Annual report on the working of the lock hospitals in the North-Western Provinces and Oudh
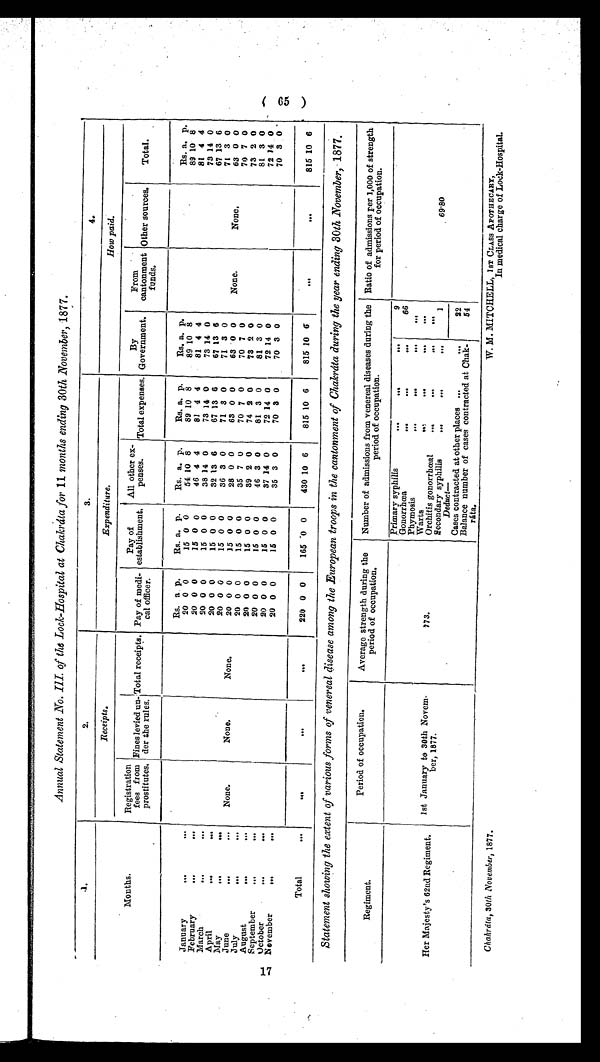
Annual Statement No. III. of the Lock-Hospital at Chakráta for 11 months ending 30th November, 1877.
1.
2.
3.
4.
Months.
Receipts.
Expenditure.
How paid.
Registration
fees from
prostitutes.
Fines levied un-
der the rules.
Total receipts. Pay of medi-
cal officer.
Pay of
establishment.
All other ex-
penses.
Total expenses.
By
Government.
From
cantonment
funds.
Other sources.
Total.
None.
None.
None.
Rs. a p.
Rs. a. p.
Rs. a. p.
Rs. a. p.
Rs. a. p.
None.
None.
Rs. a, p.
January
...
. . .
20 0 0
15 0 0
54 10 8
89 10 8
89 10 8
89 10 8
20 0 0
15 0 0
46 4 4
81 4 4
81 4 4
81 4 4
February
...
. . .
20 0 0
15 0 0
38 14 0
73 14 0
73 14 0
73 14 0
March
...
. . .
20 0 0
15 0 0
32 13 6
67 13 6
67 13 6
67 13 6
April
...
. . .
20 0 0
15 0 0
36 3 0
71 3 0
71 3 0
71 3 0
May
...
. . .
20 0 0
15 0 0
28 0 0
63 0 0
63 0 0
63 0 0
June
...
. . .
20 0 0
15 0 0
35 7 0
70 7 0
70 7 0
70 7 0
July
...
. . .
20 0 0
15 0 0
39 2 0
74 2 0
73 2 0
73 2 0
August
...
. . .
20 0 0
15 0 0
46 3 0
81 3 0
81 3 0
81 3 0
September
...
. . .
October
... ...
20 0 0
15 0 0
37 14 0
72 14 0
72 14 0
72 14 0
November
...
. . .
20 0 0
15 0 0
35 3 0
70 3 0
70 3 0
70 3 0
Total
. . .
. . .
. . .
. . .
220 0 0
165 0 0
430 10 6
815 10 6
815 10 6
. . .
. . .
815 10 6
Statement showing the extent of various forms of venereal disease among the European troops in the cantonment of Chakráta during the year ending 30th November, 1877.
Regiment.
Period of occupation.
Average strength during the
period of occupation.
Number of admissions from venereal diseases during the
period of occupation.
Ratio of admissions per 1,000 of strength
for period of occupation.
Her Majesty's 62nd Regiment.
1st January to 30th Novem
-ber, 1877.
7 7 3
.
Primary syphilis
...
...
...
9
69.80
Gonorrhœa
...
...
...
66
Phymosis
... ...
...
. . .
Warts
...
...
....
. . .
Orchitis gonorrhœal
...
...
...
. . .
secondary syphilis
... ...
...
1
Deduct-
22
Cases contracted at other places ... ...
Balance number of cases contracted at Chak-
rata.
54
C h a h r á t a , 3 0 t h N o v e m b e r , 1 8 7 7 .
W. M. MITCHELL, 1ST CLASS APOTHECARY,
In medical charge of Lock-Hospital.
65